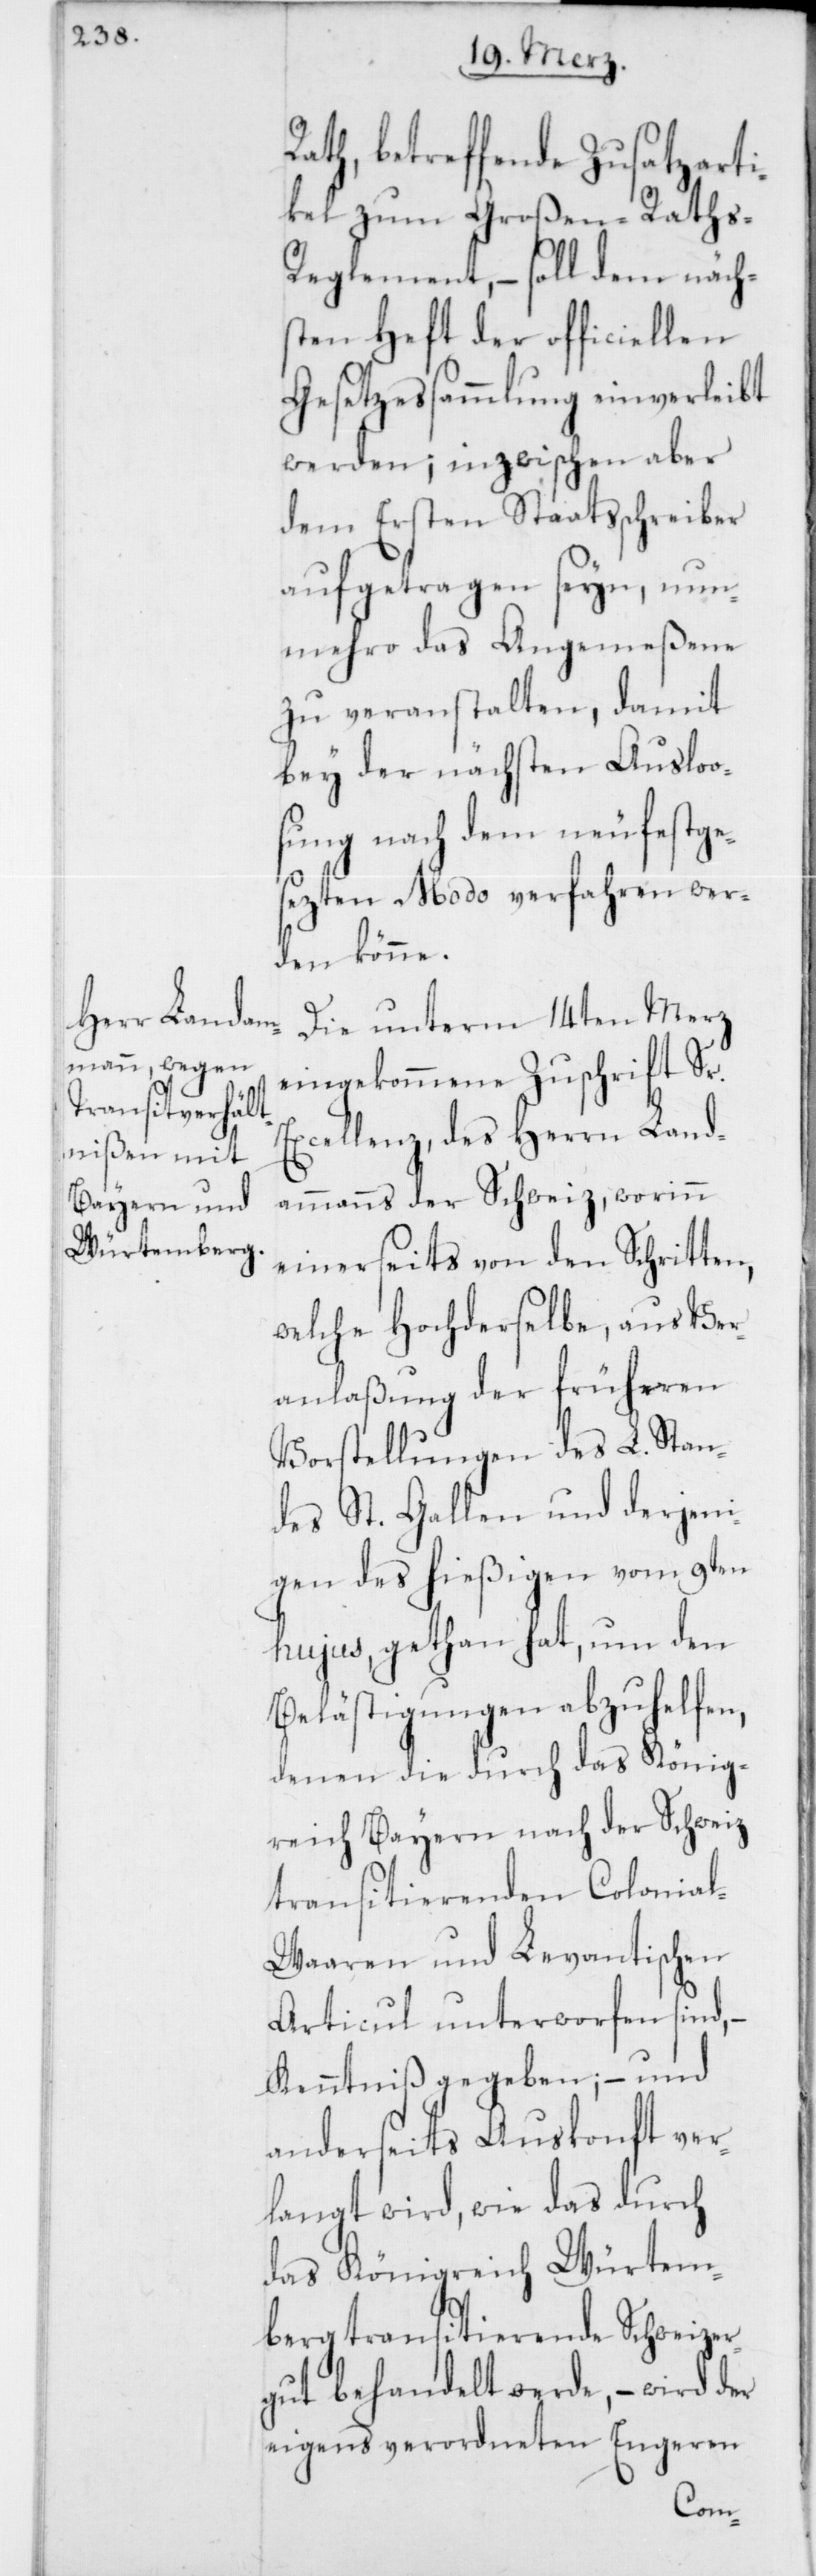
ath, betreffende Zusatzarti¬
kel zum Großen-Raths-R¬
eglement, – soll dem näch¬
sten Heft der officiellen
Gesetzessammlung einverleibt
werden; inzwischen aber
dem Ersten Staatsschreiber
aufgetragen seyn, nun¬
mehro das Angemeßene
zu veranstalten, damit
bey der nächsten Ausloo¬
sung nach dem neu festge¬
sezten Modo verfahren wer¬
den könne.
Die unterm 14ten Merz
eingekommene Zuschrift Sr.
Excellenz, des Herrn Land¬
ammanns der Schweiz, worinn
einerseits von den Schritten,
welche Hochderselbe, aus Ver¬
anlaßung der früheren
Vorstellungen des L. Stan¬
des St. Gallen und derjeni¬
gen des hießigen vom 9ten
hujus, gethan hat, um den
Belästigungen abzuhelfen,
denen die durch das König¬
reich Bayern nach der Schweiz
transitierenden Colonia¬
l-Waaren und Levantischen
Articul unterworfen sind, –
Kenntniß gegeben; – und
anderseits Auskonft ver¬
langt wird, wie das durch
das Königreich Würtem¬
berg transitierende Schweizer¬
gut behandelt werde, – wird der
eigens verordneten Engeren
R¬